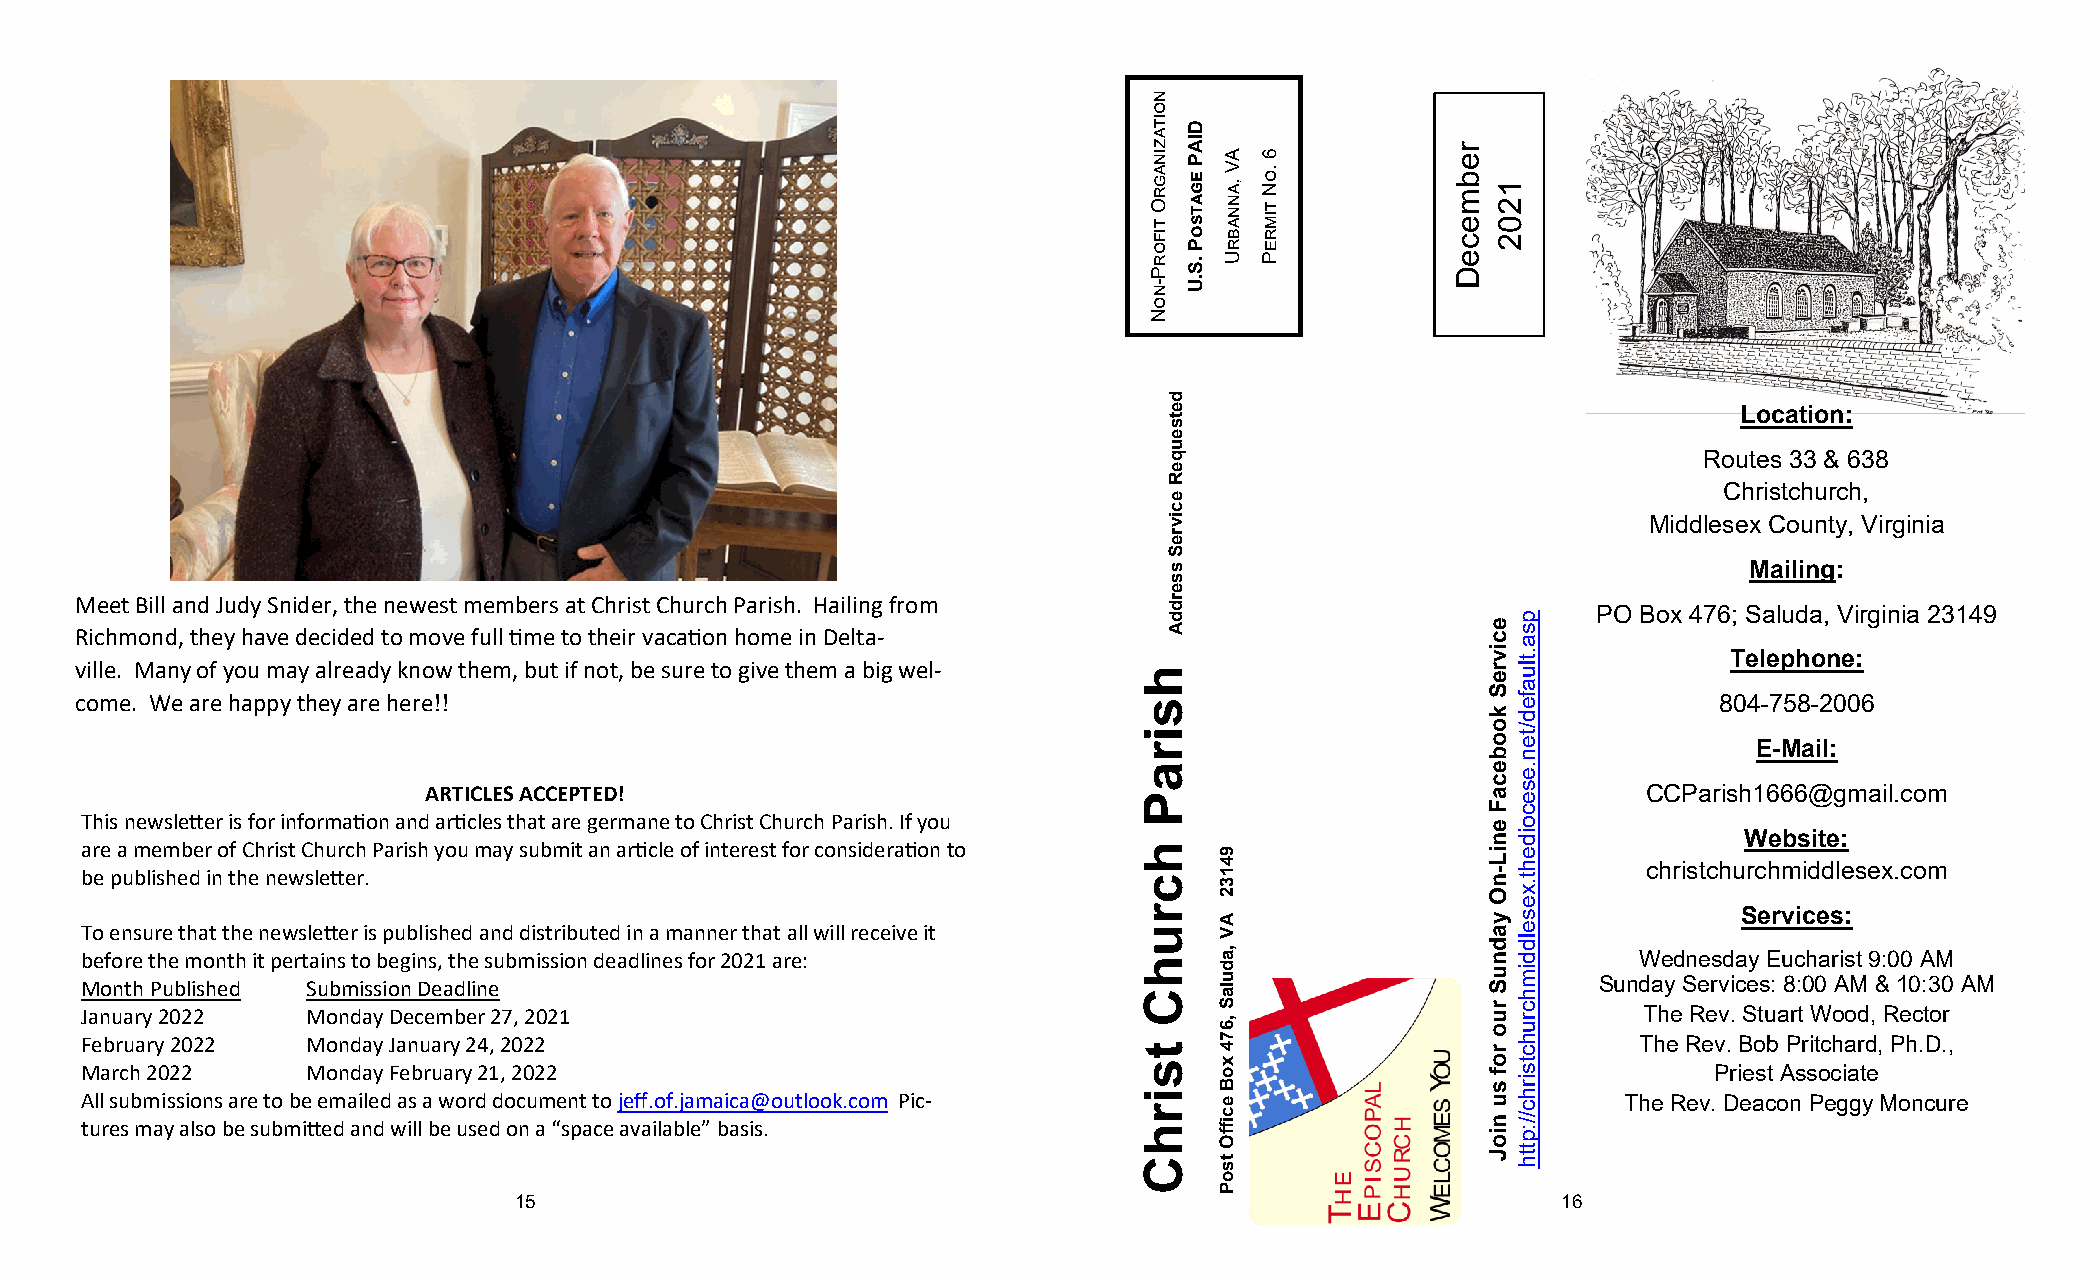
Location:
 Routes 33 & 638
 Christchurch,
 Middlesex County, Virginia
 Mailing:
 Meet Bill and Judy Snider, the newest members at Christ Church Parish. Hailing from
 PO Box 476; Saluda, Virginia 23149
 Richmond, they have decided to move full time to their vacation home in Delta-
 Telephone:
 ville. Many of you may already know them, but if not, be sure to give them a big wel-
 come. We are happy they are here!!                                                                           804-758-2006
 E-Mail:
 ARTICLES ACCEPTED!                                                               CCParish1666@gmail.com
 This newsletter is for information and articles that are germane to Christ Church Parish. If you
 Website:
 are a member of Christ Church Parish you may submit an article of interest for consideration to
 christchurchmiddlesex.com
 be published in the newsletter.
 Services:
 To ensure that the newsletter is published and distributed in a manner that all will receive it
 before the month it pertains to begins, the submission deadlines for 2021 are:                          Wednesday Eucharist 9:00 AM
 Month Published Submission Deadline                                                                  Sunday Services: 8:00 AM & 10:30 AM
 January 2022   Monday December 27, 2021                                                                 The Rev. Stuart Wood, Rector
 February 2022  Monday January 24, 2022                                                                  The Rev. Bob Pritchard, Ph.D.,
 March 2022     Monday February 21, 2022                                                                      Priest Associate
 All submissions are to be emailed as a word document to jeff.of.jamaica@outlook.com Pic-               The Rev. Deacon Peggy Moncure
 tures may also be submitted and will be used on a “space available” basis.
 15                                                                   16
 hsiraP
 hcruhC
 tsirhC
 noitazinagrO
 tiforP-noN
 detseuqeR
 ecivreS
 sserddA
 DIAP
 egatsoP
 .S.U
 AV
 ,annabrU
 94132
 AV
 ,adulaS
 ,674
 xoB
 eciffO
 tsoP
 6
 .oN
 timreP
 rebmeceD
 ecivreS
 koobecaF
 eniL-nO
 yadnuS
 ruo
 rof
 su
 nioJ
 1202
 psa.tluafed/ten.esecoideht.xeselddimhcruhctsirhc//:ptth